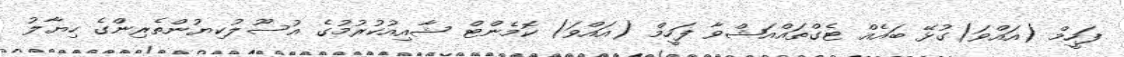
ފަހީމް (އައްވަ)ގުޅޭ ބައެއް ޓެގްތައްއަޝްވާ ފަހީމް (އައްވަ) ކޮމެންޓް ޝާއިއުކުރުމުގެ އުސޫލުކިޔުންތެރިންގެ ހިޔާލު